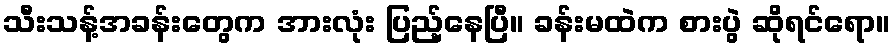
သီးသန့်အခန်းတွေက အားလုံး ပြည့်နေပြီ။ ခန်းမထဲက စားပွဲ ဆိုရင်ရော။